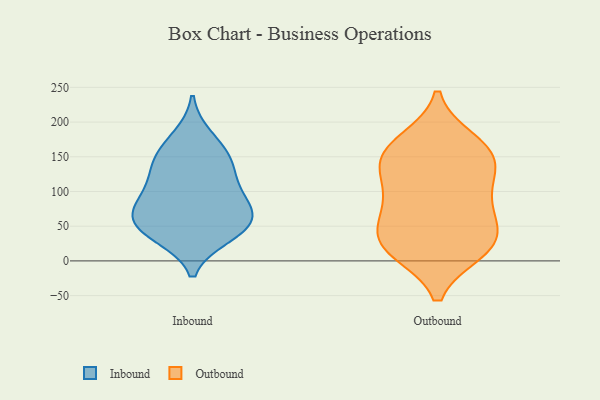
{"axis": {"x": "Market Share (%)", "y": "Value"}, "legend": ["Inbound", "Outbound"], "data": [{"x": "", "y": 137, "type": "Inbound"}, {"x": "", "y": 98, "type": "Inbound"}, {"x": "", "y": 113, "type": "Inbound"}, {"x": "", "y": 71, "type": "Inbound"}, {"x": "", "y": 141, "type": "Inbound"}, {"x": "", "y": 156, "type": "Inbound"}, {"x": "", "y": 37, "type": "Inbound"}, {"x": "", "y": 76, "type": "Inbound"}, {"x": "", "y": 51, "type": "Inbound"}, {"x": "", "y": 76, "type": "Inbound"}, {"x": "", "y": 48, "type": "Inbound"}, {"x": "", "y": 178, "type": "Inbound"}, {"x": "", "y": 43, "type": "Inbound"}, {"x": "", "y": 88, "type": "Outbound"}, {"x": "", "y": 142, "type": "Outbound"}, {"x": "", "y": 172, "type": "Outbound"}, {"x": "", "y": 100, "type": "Outbound"}, {"x": "", "y": 62, "type": "Outbound"}, {"x": "", "y": 158, "type": "Outbound"}, {"x": "", "y": 164, "type": "Outbound"}, {"x": "", "y": 141, "type": "Outbound"}, {"x": "", "y": 18, "type": "Outbound"}, {"x": "", "y": 69, "type": "Outbound"}, {"x": "", "y": 28, "type": "Outbound"}, {"x": "", "y": 21, "type": "Outbound"}, {"x": "", "y": 128, "type": "Outbound"}, {"x": "", "y": 32, "type": "Outbound"}, {"x": "", "y": 15, "type": "Outbound"}]}